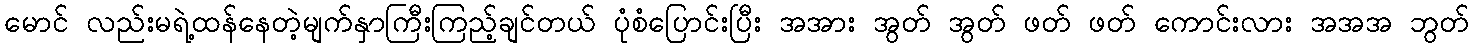
မောင် လည်းမရဲ့ထန်နေတဲ့မျက်နှာကြီးကြည့်ချင်တယ် ပုံစံပြောင်းပြီး အအား အွတ် အွတ် ဖတ် ဖတ် ကောင်းလား အအအ ဘွတ်